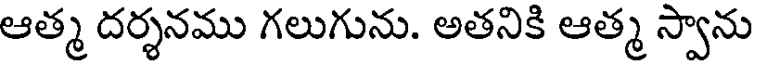
ఆత్మ దర్శనము గలుగును. అతనికి ఆత్మ స్వాను